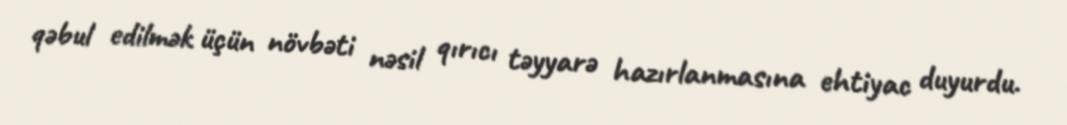
qəbul edilmək üçün növbəti nəsil qırıcı təyyarə hazırlanmasına ehtiyac duyurdu.